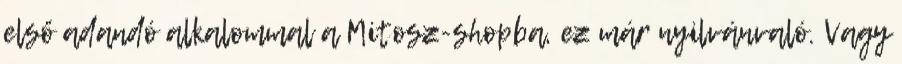
első adandó alkalommal a Mitosz-shopba, ez már nyilvánvaló. Vagy